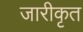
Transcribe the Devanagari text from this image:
जारीकृत